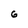
Character: 6